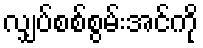
လျှပ်စစ်စွမ်းအင်ကို